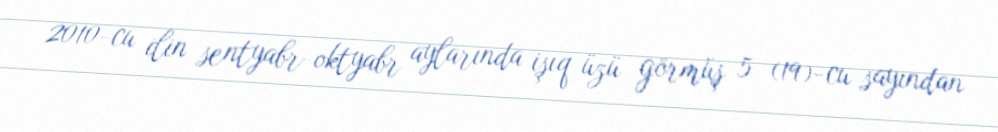
2010-cu ilin sentyabr-oktyabr aylarında işıq üzü görmüş 5 (19)-cu sayından